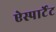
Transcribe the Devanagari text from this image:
ऐस्पार्टेट